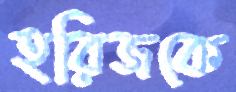
হরিজকে